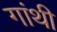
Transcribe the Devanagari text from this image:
गांथी